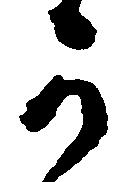
可